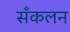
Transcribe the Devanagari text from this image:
सँकलन